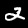
Digit: 2